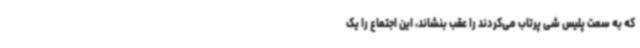
که به سمت پلیس شی‌ پرتاب می‌کردند را عقب بنشاند، این اجتماع را یک